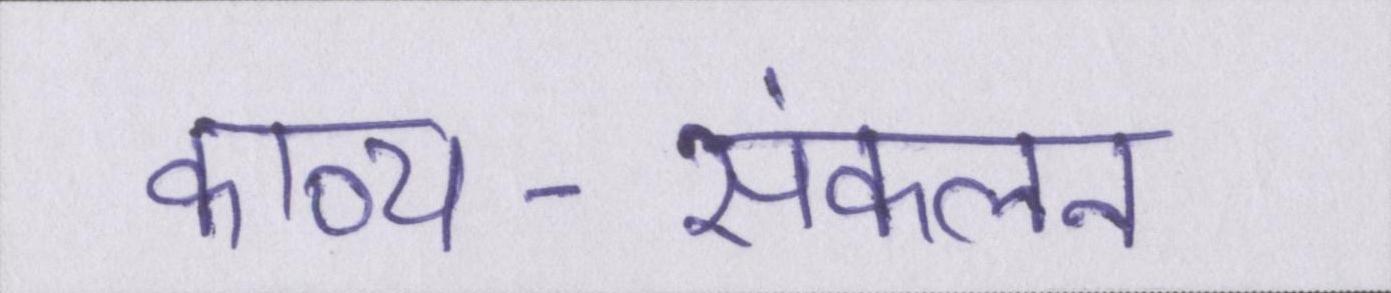
काव्य-संकलन